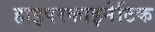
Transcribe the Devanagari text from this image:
हाइपरकाइनेटिक